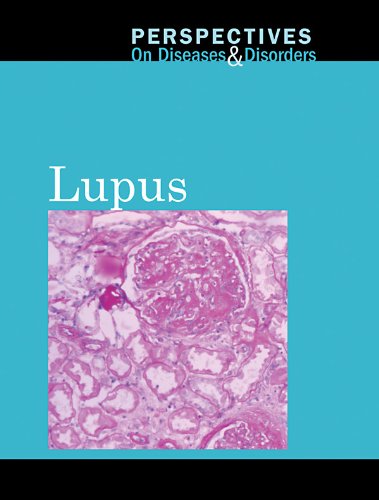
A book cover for Lupus (Perspectives on Diseases and Disorders); Health, Fitness & Dieting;